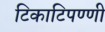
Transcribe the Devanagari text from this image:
टिकाटिपण्णी